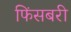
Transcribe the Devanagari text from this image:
फिंसबरी